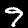
Label: 9